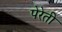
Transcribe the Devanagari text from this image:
पेरेती